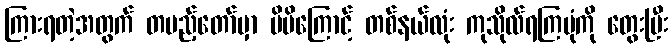
ကြားရတဲ့အတွက် တပည့်တော်မှာ မိမိကြောင့် တစ်နယ်လုံး ကုသိုလ်ရကြပုံကို တွေးပြီး